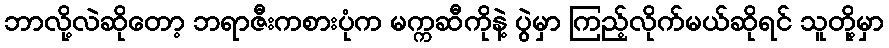
ဘာလို့လဲဆိုတော့ ဘရာဇီးကစားပုံက မက္ကဆီကိုနဲ့ ပွဲမှာ ကြည့်လိုက်မယ်ဆိုရင် သူတို့မှာ